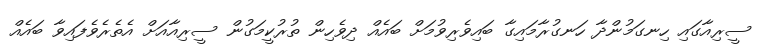
ސީރިއާގައި ހިނގަމުންދާ ހަނގުރާމައިގާ ބައިވެރިވުމަށް ބައެއް ދިވެހިން ތުރުކީމަގުން ސީރިއާއަށް އެތެރެވެފައިވާ ބައެއް